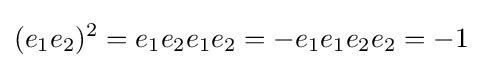
(e_{1}e_{2})^{2}=e_{1}e_{2}e_{1}e_{2}=-e_{1}e_{1}e_{2}e_{2}=-1